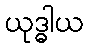
ယုဒ္ဓါယ